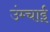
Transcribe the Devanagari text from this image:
उंम्चाई